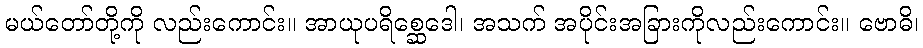
မယ်တော်တို့ကို လည်းကောင်း။ အာယုပရိစ္ဆေဒေါ၊ အသက် အပိုင်းအခြားကိုလည်းကောင်း။ ဗောဓိ၊